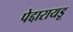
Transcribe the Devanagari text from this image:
पेद्दारायडू